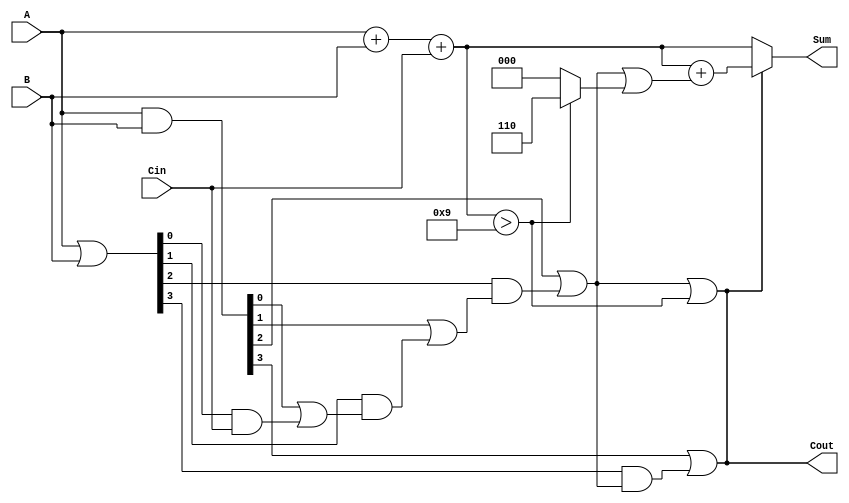
module BCD_Carry_Lookahead_Adder (
    input  wire [3:0] A,      // First BCD digit
    input  wire [3:0] B,      // Second BCD digit
    input  wire Cin,          // Carry input
    output wire [3:0] Sum,    // BCD sum output
    output wire Cout          // Carry output
);

    // Intermediate signals
    wire [4:0] S;             // 5-bit sum to accommodate carry
    wire [3:0] G;             // Generate signals
    wire [3:0] P;             // Propagate signals
    wire C1, C2, C3;          // Carry signals

    // Step 1: Calculate initial sum
    assign S = A + B + Cin;

    // Step 2: Generate and propagate signals
    assign G = A & B;         // Generate signals
    assign P = A | B;         // Propagate signals

    // Step 3: Carry calculations using carry lookahead logic
    assign C1 = G[0] | (P[0] & Cin);
    assign C2 = G[1] | (P[1] & C1);
    assign C3 = G[2] | (P[2] & C2);
    assign Cout = G[3] | (P[3] & C3);

    // Step 4: BCD correction logic
    wire [3:0] corrected_sum;
    assign corrected_sum = S[3:0] + (C3 | (S[3:0] > 4'd9 ? 4'd6 : 4'd0));

    // Step 5: Final output
    assign Sum = (C3 | (S[3:0] > 4'd9)) ? corrected_sum : S[3:0];
    assign Cout = C3 | (S[3:0] > 4'd9);

endmodule